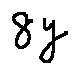
8 y